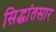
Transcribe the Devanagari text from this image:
सिद्धांतसार